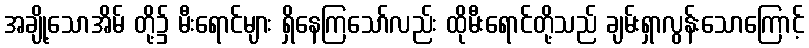
အချို့သောအိမ် တို့၌ မီးရောင်များ ရှိနေကြသော်လည်း ထိုမီးရောင်တို့သည် ချမ်းရှာလွန်းသောကြောင့်